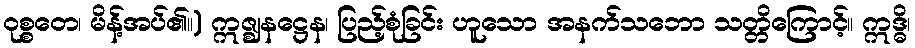
ဝုစ္စတေ၊ မိန့်အပ်၏။) ဣဇ္ဈနဋ္ဌေန၊ ပြည့်စုံခြင်း ဟူသော အနက်သဘော သတ္တိကြောင့်။ ဣဒ္ဓိ၊